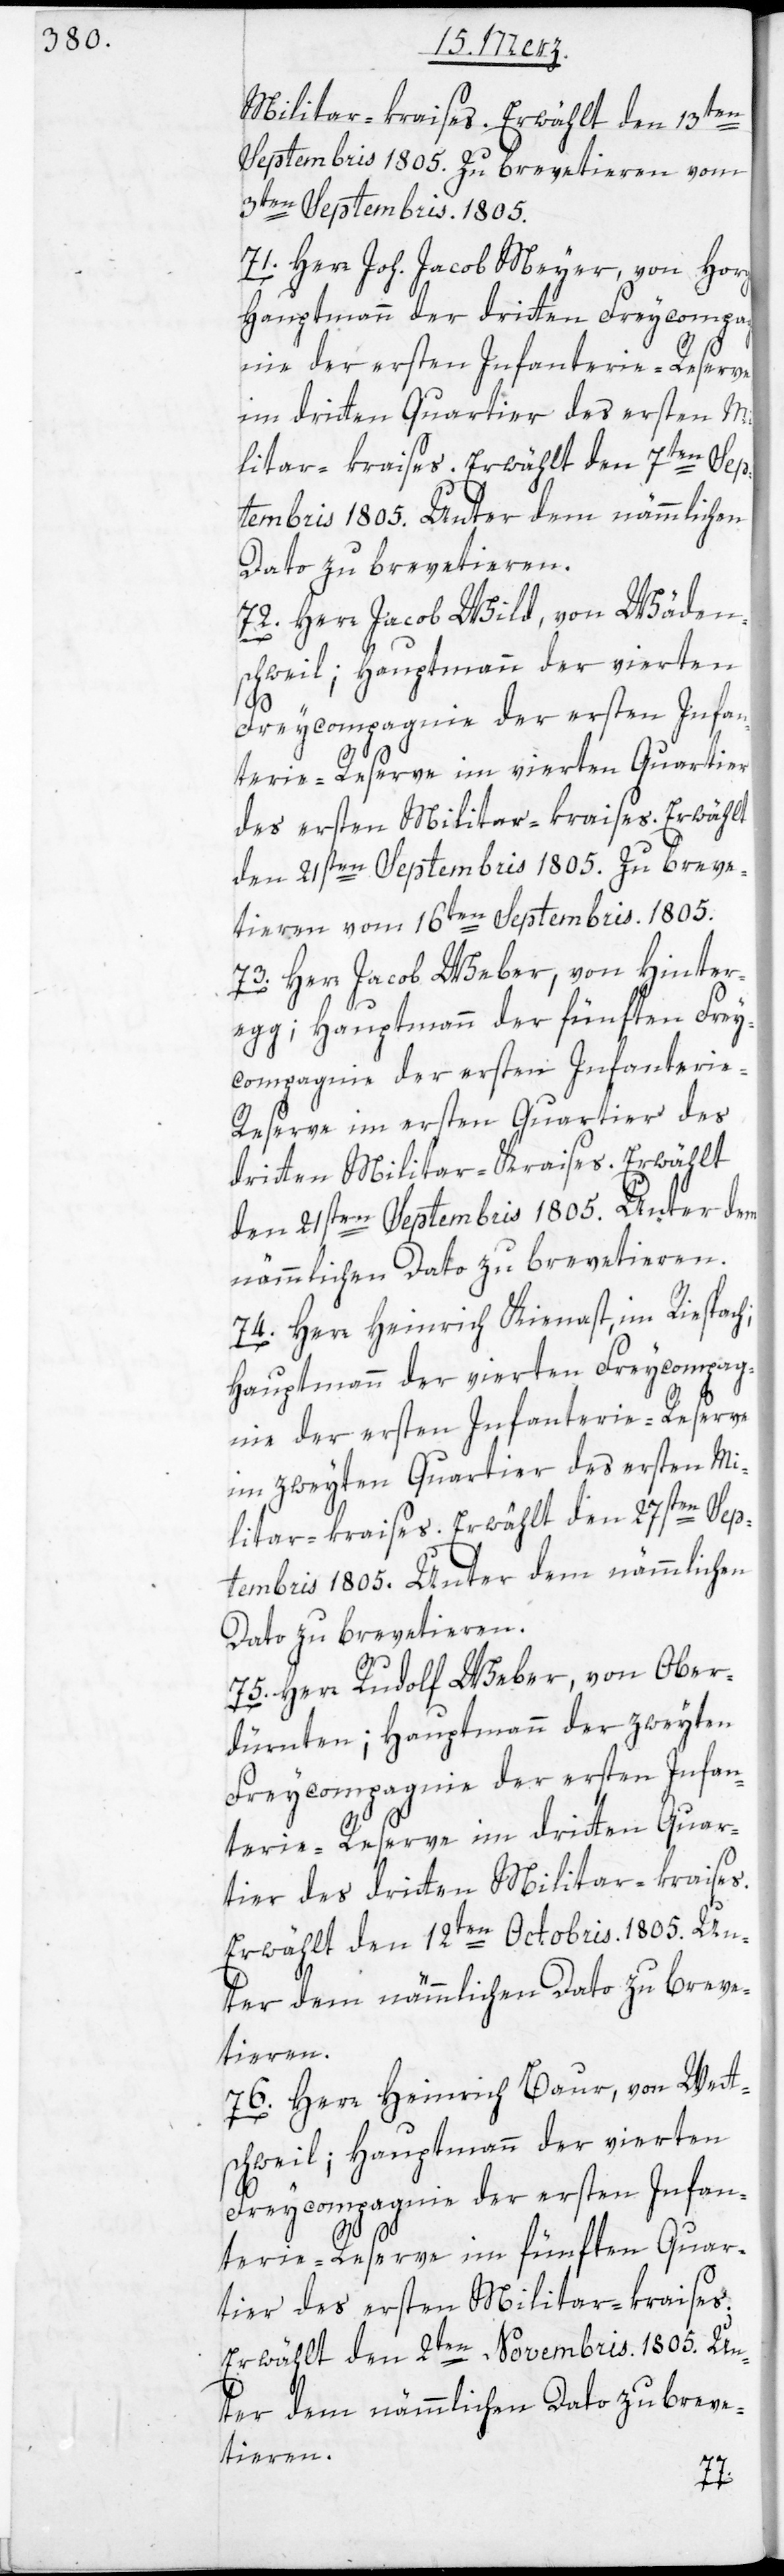
Militar-kraises. Erwählt den 13ten
Septembris 1805. Zu brevetieren vom
3ten Septembris 1805.
71. Herr Joh. Jacob Meyer, von Hor¬
Hauptmann der 3ten Freycompag¬
nie der ersten Infanterie-Reserve,
im dritten Quartier des ersten Mi¬
72. Herr Jacob Wild, von Wäden¬
schweil; Hauptmann der vierten
Freycompagnie der ersten Infan¬
terie-Reserve im vierten Quartier
des ersten Militar-kraises. Erwählt
den 21sten Septembris 1805. Zu breve¬
tieren vom 16ten Septembris 1805.
73. Herr Jacob Weber, von Hinter¬
egg; Hauptmann der fünften Frey¬
compagnie der ersten Infanterie-R¬
eserve im ersten Quartier des
dritten Militar-Kraises. Erwählt
den 21sten Septembris 1805. Unter dem
nämmlichen Dato zu brevetieren.
74. Herr Heinrich Kienast, im Riespach;
Hauptmann der vierten Freycompag¬
nie der ersten Infanterie-Reserve
im zweyten Quartier des ersten Mi¬
litar-kraises. Erwählt den 27sten Sep¬
tembris 1805. Unter dem nämmlichen
Dato zu brevetieren.
75. Herr Rudolf Weber, von Ober¬
dürnten; Hauptmann der zweyten
Freycompagnie der ersten Infan¬
terie-Reserve im dritten Quar¬
tier des dritten Militar-kraises.
Erwählt den 12ten Octobris. 1805. Un¬
ter dem nämmlichen Dato zu breve¬
tieren.
76. Herr Heinrich Baur, von Wett¬
schweil; Hauptmann der vierten
terie-Reserve im fünften Quar¬
tier des ersten Militar-kraises.
Erwählt den 2ten Novembris 1805. Un¬
gen;